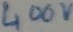
Text: 400v